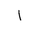
Letter: _alif